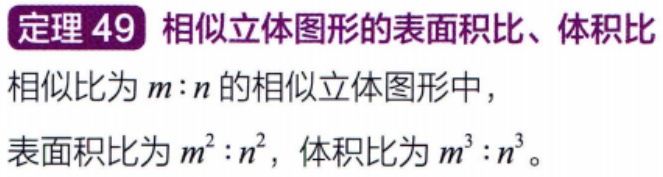
定理 49 相似立体图形的表面积比、体积比
相似比为 \(m:n\) 的相似立体图形中，
表面积比为 \(m^{2}:n^{2}\)，体积比为 \(m^{3}:n^{3}\)。